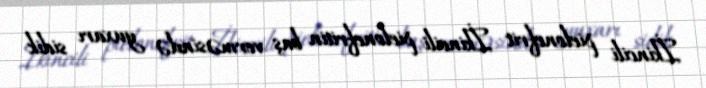
İkincili pielonefrit İkincili pielonefritin baş verməsində yuxarı sidik